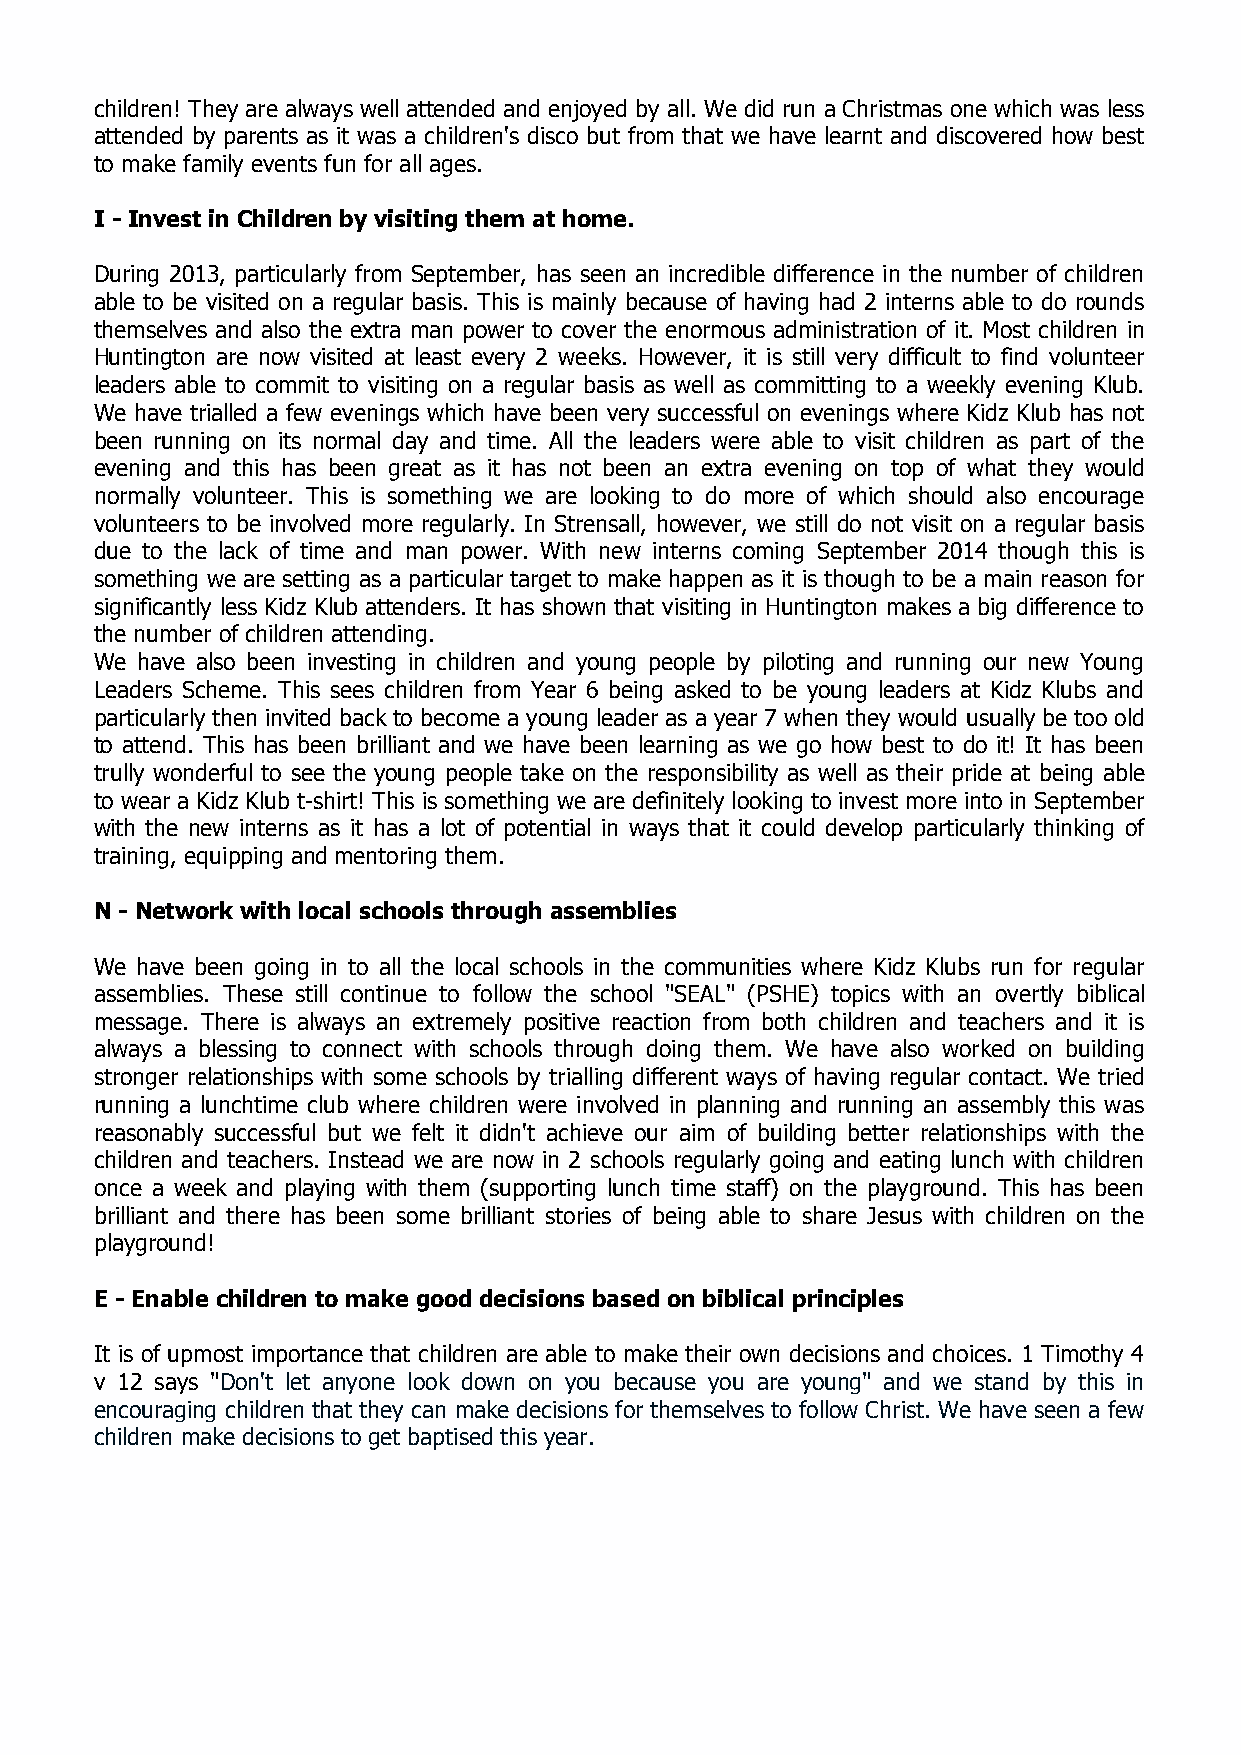
children! They are always well attended and enjoyed by all. We did run a Christmas one which was less
 attended by parents as it was a children's disco but from that we have learnt and discovered how best
 to make family events fun for all ages.
 I - Invest in Children by visiting them at home.
 During 2013, particularly from September, has seen an incredible difference in the number of children
 able to be visited on a regular basis. This is mainly because of having had 2 interns able to do rounds
 themselves and also the extra man power to cover the enormous administration of it. Most children in
 Huntington are now visited at least every 2 weeks. However, it is still very difficult to find volunteer
 leaders able to commit to visiting on a regular basis as well as committing to a weekly evening Klub.
 We have trialled a few evenings which have been very successful on evenings where Kidz Klub has not
 been running on its normal day and time. All the leaders were able to visit children as part of the
 evening and this has been great as it has not been an extra evening on top of what they would
 normally volunteer. This is something we are looking to do more of which should also encourage
 volunteers to be involved more regularly. In Strensall, however, we still do not visit on a regular basis
 due to the lack of time and man power. With new interns coming September 2014 though this is
 something we are setting as a particular target to make happen as it is though to be a main reason for
 significantly less Kidz Klub attenders. It has shown that visiting in Huntington makes a big difference to
 the number of children attending.
 We have also been investing in children and young people by piloting and running our new Young
 Leaders Scheme. This sees children from Year 6 being asked to be young leaders at Kidz Klubs and
 particularly then invited back to become a young leader as a year 7 when they would usually be too old
 to attend. This has been brilliant and we have been learning as we go how best to do it! It has been
 trully wonderful to see the young people take on the responsibility as well as their pride at being able
 to wear a Kidz Klub t-shirt! This is something we are definitely looking to invest more into in September
 with the new interns as it has a lot of potential in ways that it could develop particularly thinking of
 training, equipping and mentoring them.
 N - Network with local schools through assemblies
 We have been going in to all the local schools in the communities where Kidz Klubs run for regular
 assemblies. These still continue to follow the school "SEAL" (PSHE) topics with an overtly biblical
 message. There is always an extremely positive reaction from both children and teachers and it is
 always a blessing to connect with schools through doing them. We have also worked on building
 stronger relationships with some schools by trialling different ways of having regular contact. We tried
 running a lunchtime club where children were involved in planning and running an assembly this was
 reasonably successful but we felt it didn't achieve our aim of building better relationships with the
 children and teachers. Instead we are now in 2 schools regularly going and eating lunch with children
 once a week and playing with them (supporting lunch time staff) on the playground. This has been
 brilliant and there has been some brilliant stories of being able to share Jesus with children on the
 playground!
 E - Enable children to make good decisions based on biblical principles
 It is of upmost importance that children are able to make their own decisions and choices. 1 Timothy 4
 v 12 says "Don't let anyone look down on you because you are young" and we stand by this in
 encouraging children that they can make decisions for themselves to follow Christ. We have seen a few
 children make decisions to get baptised this year.